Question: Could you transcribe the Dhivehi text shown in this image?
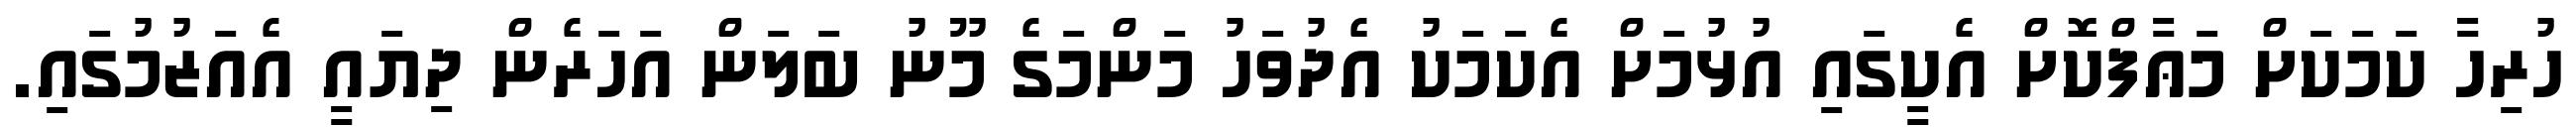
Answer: ހުރިހާ ކަމަކަށް މަޢާފްކޮށް އެކީގައި އުޅުމަށް އެކަމަކު އެދުވަހު މަންމަގެ މޫނު ބަލަން އަހަރެން ދިޔައީ އެއަޒުމުގައި.